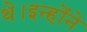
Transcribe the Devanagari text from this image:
थे।इन्होंने